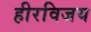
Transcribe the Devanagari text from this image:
हीरविजय